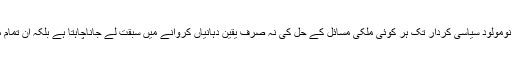
شریف برادران سے لیکر مفتاح اسماعیل جیسے نومولود سیاسی کردار تک ہر کوئی ملکی مسائل کے حل کی نہ صرف یقین دہانیاں کروانے میں سبقت لے جاناچاہتا ہے بلکہ ان تمام مسائل کے حل کی تاریخیں بھی دی جا رہی ہیں۔